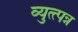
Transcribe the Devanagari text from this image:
व्युत्त्पन्न